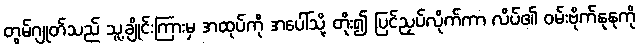
တွမ်ဂျုတ်သည် သူ့ချိုင်းကြားမှ အထုပ်ကို အပေါ်သို့ တိုး၍ ပြင်ညှပ်လိုက်ကာ လိပ်၏ ဝမ်းဗိုက်နုနုကို